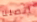
اتصلنا